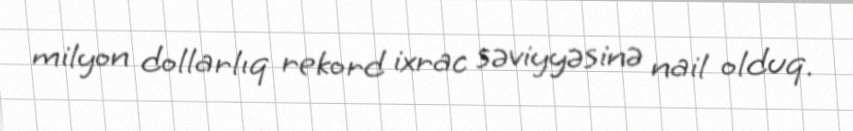
milyon dollarlıq rekord ixrac səviyyəsinə nail olduq.